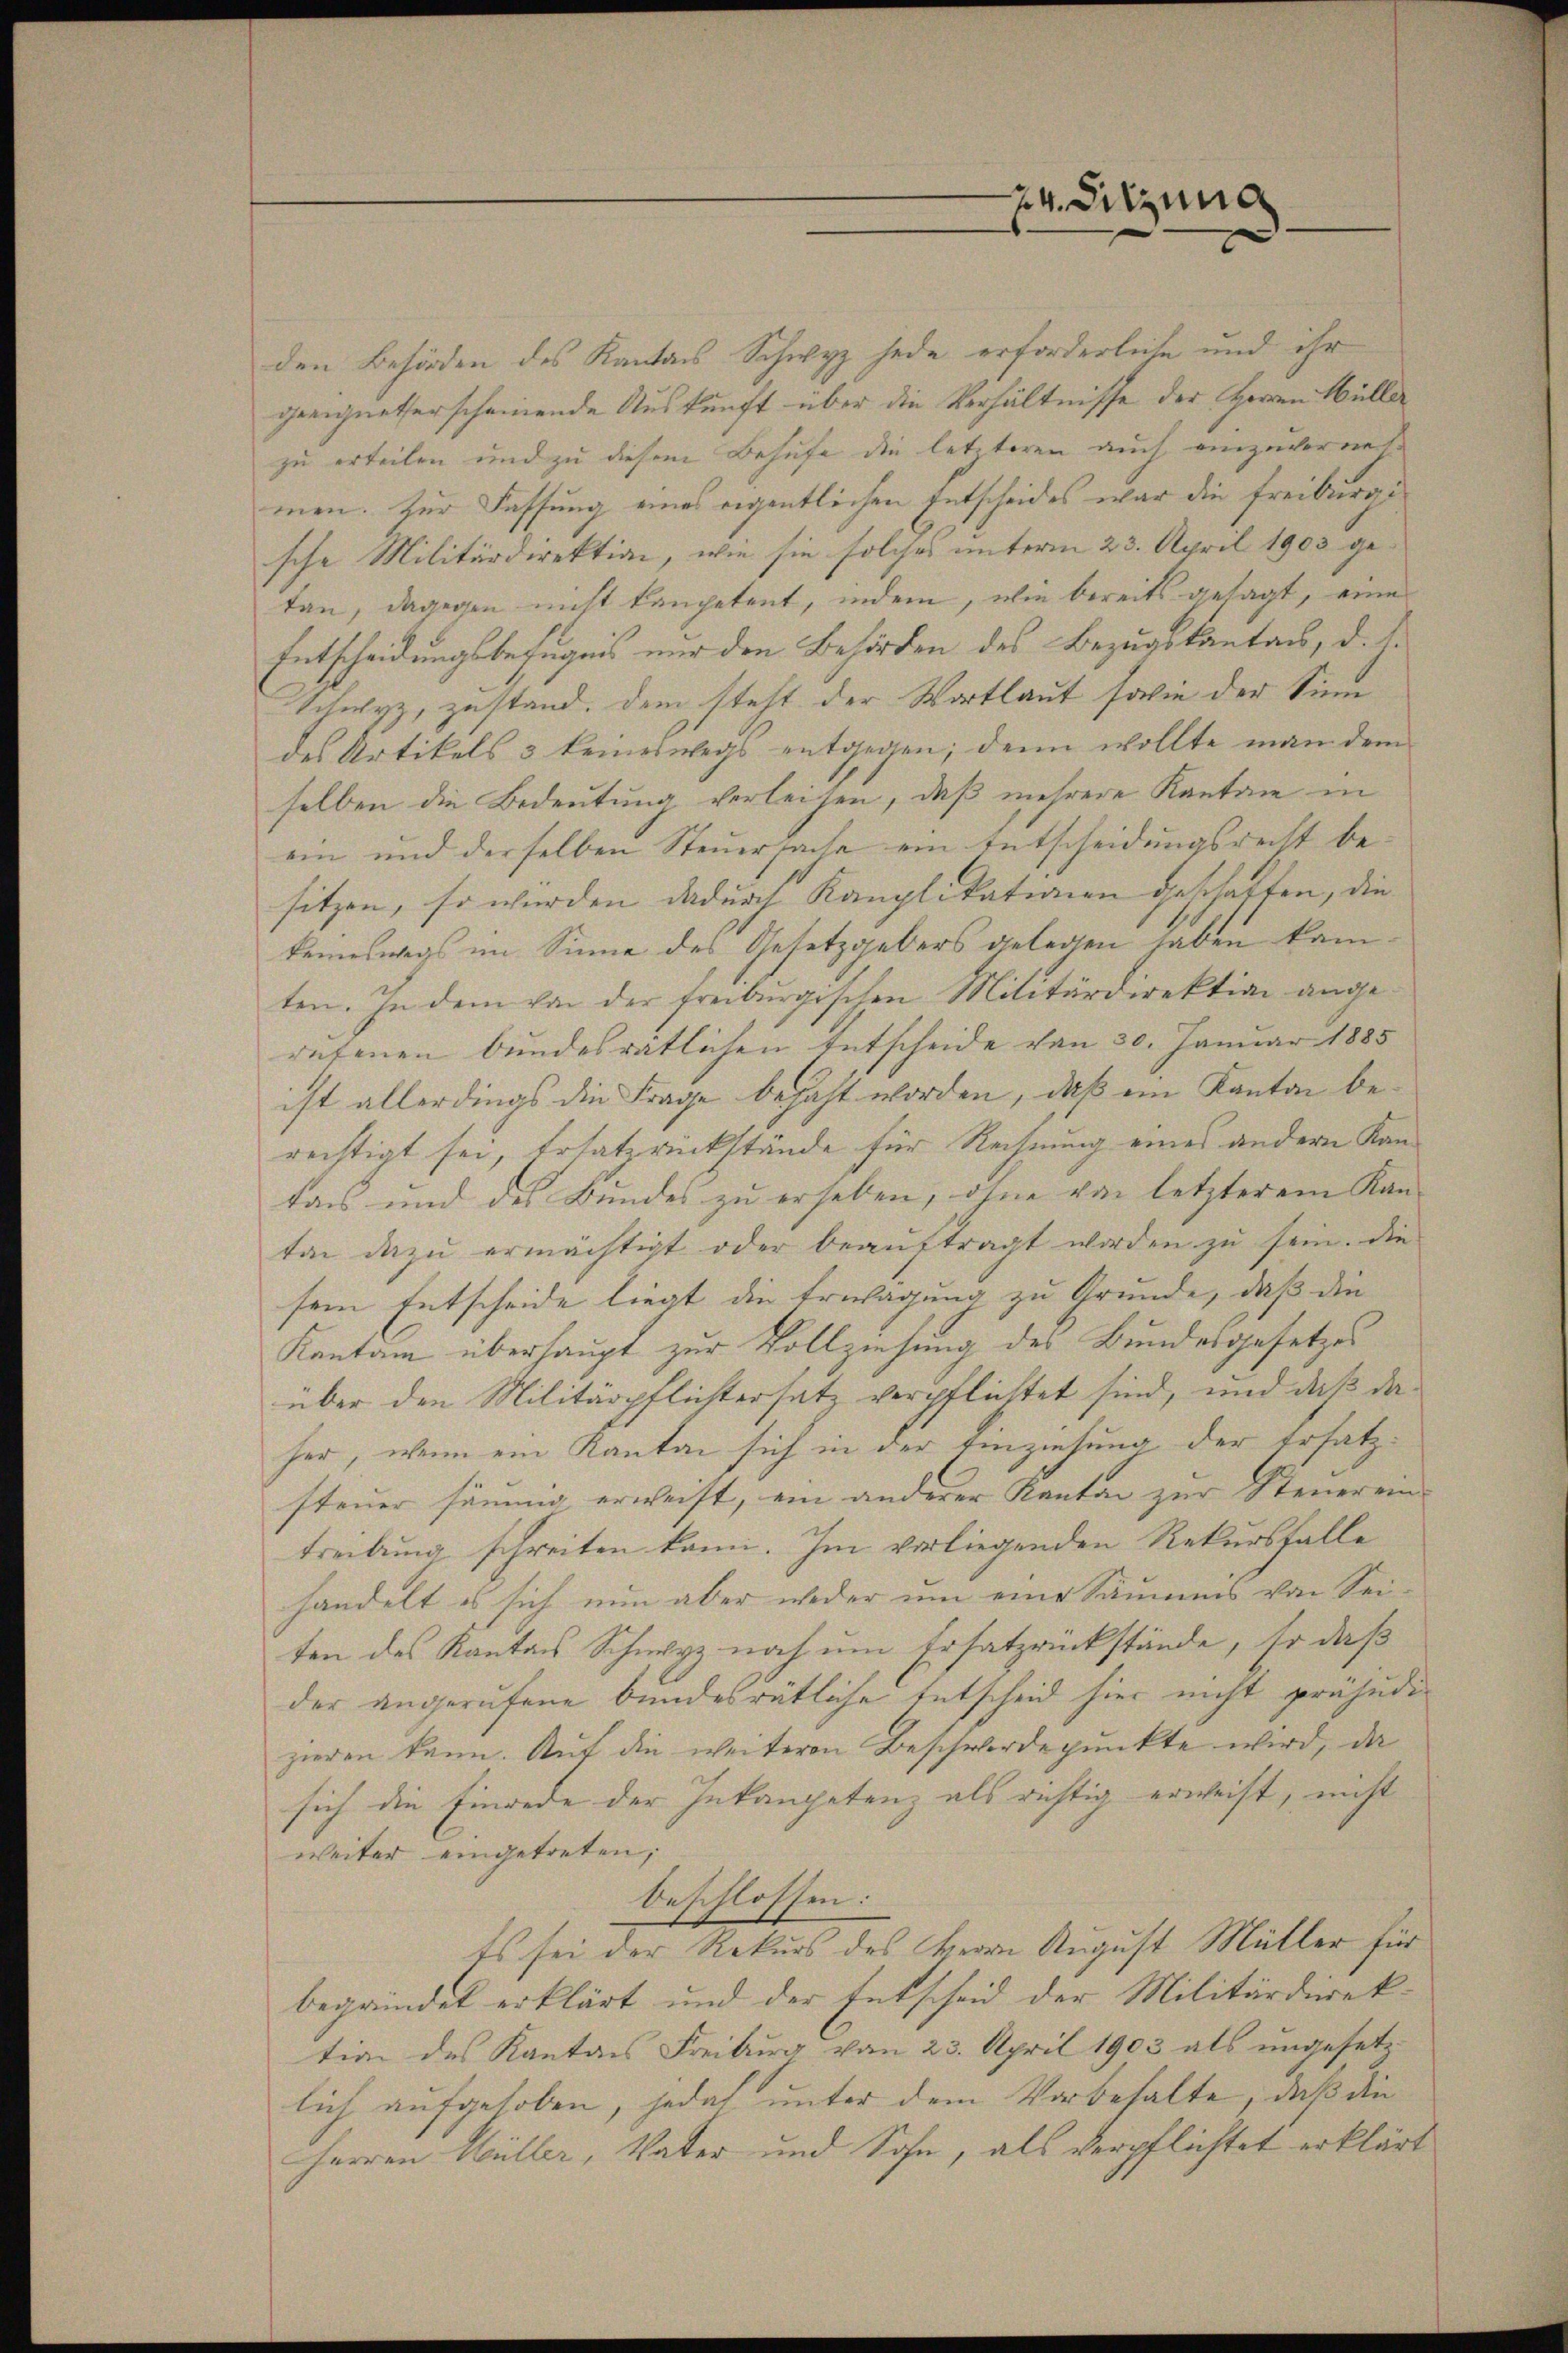
24. Sitzung

den Behörden des Kantons Schwyz jede erforderliche und ihr
geeigneterscheinende Auskunft über die Verhältnisse der Herrn Müller
zu erteilen und zu diesem Behufe die letzteren auch anzuvernehmen. Zur Fassung eines eigentlichen Entscheides war die Freiburgische Militärdirektion, wie sie solches unterm 23. April 1903 getan, dagegen nicht kompetent, indem, wie bereits gesagt, eine
Entscheidungsbefugnis nur den Behörden des Bezugskantons, d.h.
Schwyz, zustand, dem steht der Wortlaut sowie der Sinn
des Artikels 3 keineswegs entgegen; denn wollte man dem
selben die Bedeutung verleihen, daß mehrere Kanton in
ein und derselben Steuersache ein Entscheidungsrecht be-
sitzen, so würden dadurch Kamplikationen geschaffen, die
keineswegs im Sinne des Gesetzgebers gelegen haben kannten. In dem von der freiburgischen Militärdirektion ange-
rafenen bundesratlichen Entscheide von 30. Januar 1885
ist allerdings die Frage bejaht worden, daß ein Kanton berechtigt sei, Ersatzrückstände für Rechnung eines andern Kantans und des Bundes zu erheben, ohne von letzterem Kan-
tan dazu ermächtigt oder beaŭftragt worden zu sein. Die
sem Entscheide liegt die Erwägung zu Grunde, daß die
Kantone überhaupt zur Vollziehung des Bundesgesetzes
über den Militärpflichtersatz verpflichtet sind, und daß daher, wenn ein Kanton sich in der Einziehung, der Ersatzsteuer säumig erweist, ein anderer Kanton zur Steuerein-
treibung schreiten kann. Im vorliegenden Rekursfalle
handelt es sich nun aber weder um eine Säumes von Sei
ten des Kantons Schwyz noch um Ersatzrückstände, so daß
der angerufene bundesrätliche Entscheid hier nicht präjudizieren kann. Auf die weiteren Beschwerdepunkte wird, da
sich die Einrede der Inkompetenz als richtig erweist, nicht
weiter eingetreten,
beschlossen:
Es sei der Rekurs des Herrn August Müller für
begründet erklärt und der Entscheid der Militärdirek-
tion des Kantons Freiburg vom 23. April 1903 als ungesetz-
lich aufgehoben, jedoch unter dem Vorbehalte, daß die
Herren Müller, Vater und Sohn, als verpflichtet erklärt